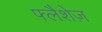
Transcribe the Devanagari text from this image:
फ्लैशेज़